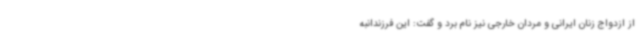
از ازدواج زنان ایرانی و مردان خارجی نیز نام برد و گفت: این فرزندانبه